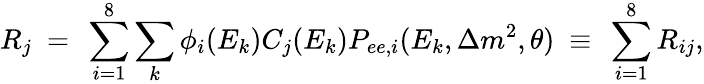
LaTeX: R_{j}~=~\sum_{i=1}^{8}\sum_{k}\phi_{i}(E_{k})C_{j}(E_{k})P_{ee,i}(E_{k},\Delta m^{2},\theta)~\equiv~\sum_{i=1}^{8}R_{ij},